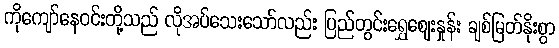
ကိုကျော်နေဝင်းတို့သည် လိုအပ်သေးသော်လည်း ပြည်တွင်းရွှေဈေးနှုန်း ချစ်မြတ်နိုးစွာ